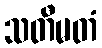
သတီမတံ